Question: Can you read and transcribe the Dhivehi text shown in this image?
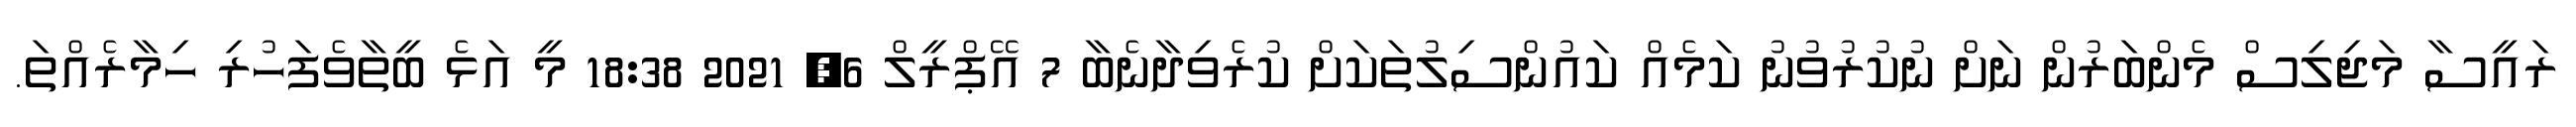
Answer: ރައީސާ މަޖިލިސް މެންބަރުން ނަށް ނުކުރުވުނު ކަމެއް ކައުންސިލުތަކަށް ކުރެވިދާނެބާ 7 އޭޕްރީލް 6, 2021 18:38 މީ އަޅެ ބީތާވެފަހުރި ހިމާރެއްތަ.